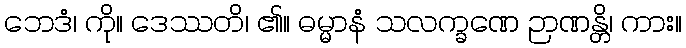
ဘေဒံ၊ ကို။ ဒေဿတိ၊ ၏။ ဓမ္မာနံ သလက္ခဏေ ဉာဏန္တိ၊ ကား။